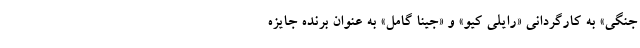
جنگی» به کارگردانی «رایلی کیو» و «جینا گامل» به عنوان برنده جایزه